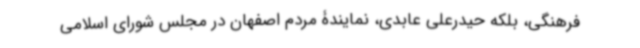
فرهنگی، بلکه حیدرعلی عابدی، نمایندۀ مردم اصفهان در مجلس شورای اسلامی